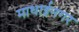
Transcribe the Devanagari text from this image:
माधाईनगर